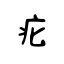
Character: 疕